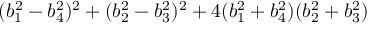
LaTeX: ( b _ { 1 } ^ { 2 } - b _ { 4 } ^ { 2 } ) ^ { 2 } + ( b _ { 2 } ^ { 2 } - b _ { 3 } ^ { 2 } ) ^ { 2 } + 4 ( b _ { 1 } ^ { 2 } + b _ { 4 } ^ { 2 } ) ( b _ { 2 } ^ { 2 } + b _ { 3 } ^ { 2 } )